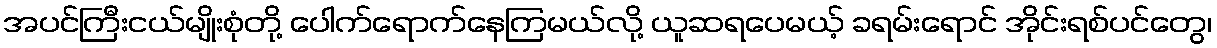
အပင်ကြီးငယ်မျိုးစုံတို့ ပေါက်ရောက်နေကြမယ်လို့ ယူဆရပေမယ့် ခရမ်းရောင် အိုင်းရစ်ပင်တွေ၊